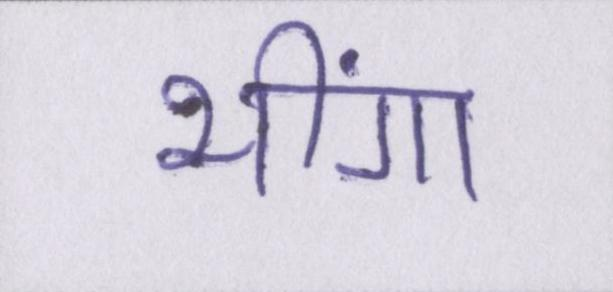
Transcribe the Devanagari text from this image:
भींगा